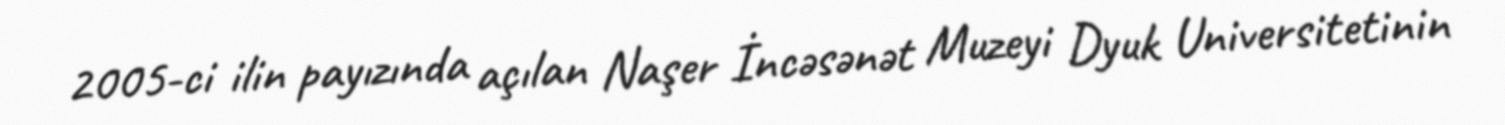
2005-ci ilin payızında açılan Naşer İncəsənət Muzeyi Dyuk Universitetinin